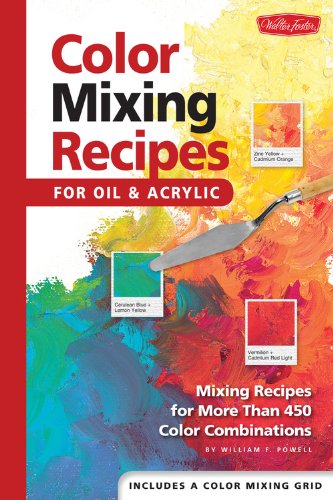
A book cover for Color Mixing Recipes for Oil & Acrylic: Mixing recipes for more than 450 color combinations; William  F Powell; Arts & Photography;